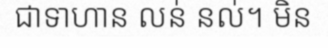
ជាទាហាន លន់ នល់។ មិន